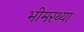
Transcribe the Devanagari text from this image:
भीमरथ्या